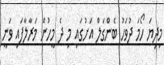
މިިދިޔަ ހޯމަ ދުވަހު ބެންގަލް އަށުގައި މި ދެ މީހުން މަރާލާފައި ވަނީ